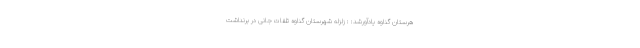
هرستان گناوه یادآورشد: : زلزله شهرستان گناوه تلفات جانی در برنداشت